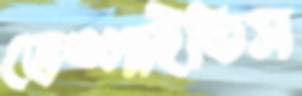
ভেঙ্গাইতিস